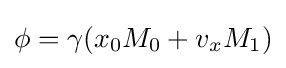
\phi =\gamma (x_{0}M_{0}+v_{x}M_{1})